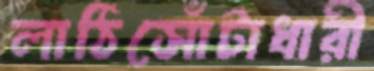
লাঠিসোঁটাধারী